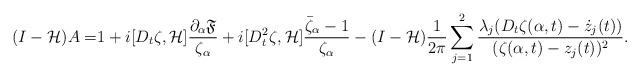
LaTeX: \begin{align*}(I-\mathcal{H})A=&1+i[D_t\zeta,\mathcal{H}]\frac{\partial_{\alpha}\mathfrak{F}}{\zeta_{\alpha}}+i[D_t^2\zeta,\mathcal{H}]\frac{\bar{\zeta}_{\alpha}-1}{\zeta_{\alpha}}-(I-\mathcal{H})\frac{1}{2\pi}\sum_{j=1}^2 \frac{\lambda_j(D_t\zeta(\alpha,t)-\dot{z}_j(t))}{(\zeta(\alpha,t)-z_j(t))^2}.\end{align*}